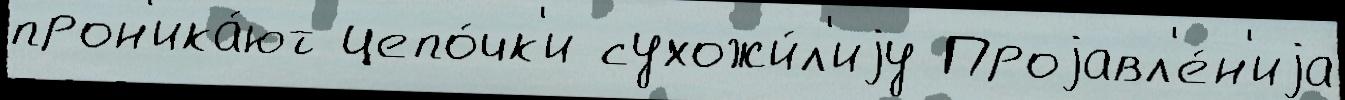
прон'ика́ют цепо́чк'и сухожи́л'иjу Проjавл'е́н'иjа